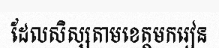
ដែលសិស្សតាមខេត្តមករៀន